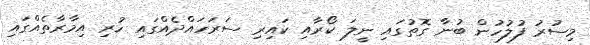
މިސުރު ފުލުހުން ބުނާ ގޮތުގައި ނީލަ ކޯރާއި ކައިރި ސަރަހައްދެއްގައި ހުރި އިމާރާތެއްގައި